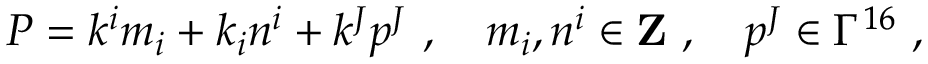
P = k ^ { i } m _ { i } + k _ { i } n ^ { i } + k ^ { J } p ^ { J } ~ , ~ ~ ~ m _ { i } , n ^ { i } \in { \bf Z } ~ , ~ ~ ~ p ^ { J } \in \Gamma ^ { 1 6 } ~ ,